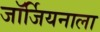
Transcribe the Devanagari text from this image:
जॉर्जियनाला